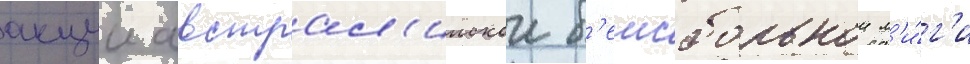
акции австрал'иискои б'еисбольнои л'и́г'и